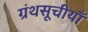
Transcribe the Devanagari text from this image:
ग्रंथसूचीयाँ